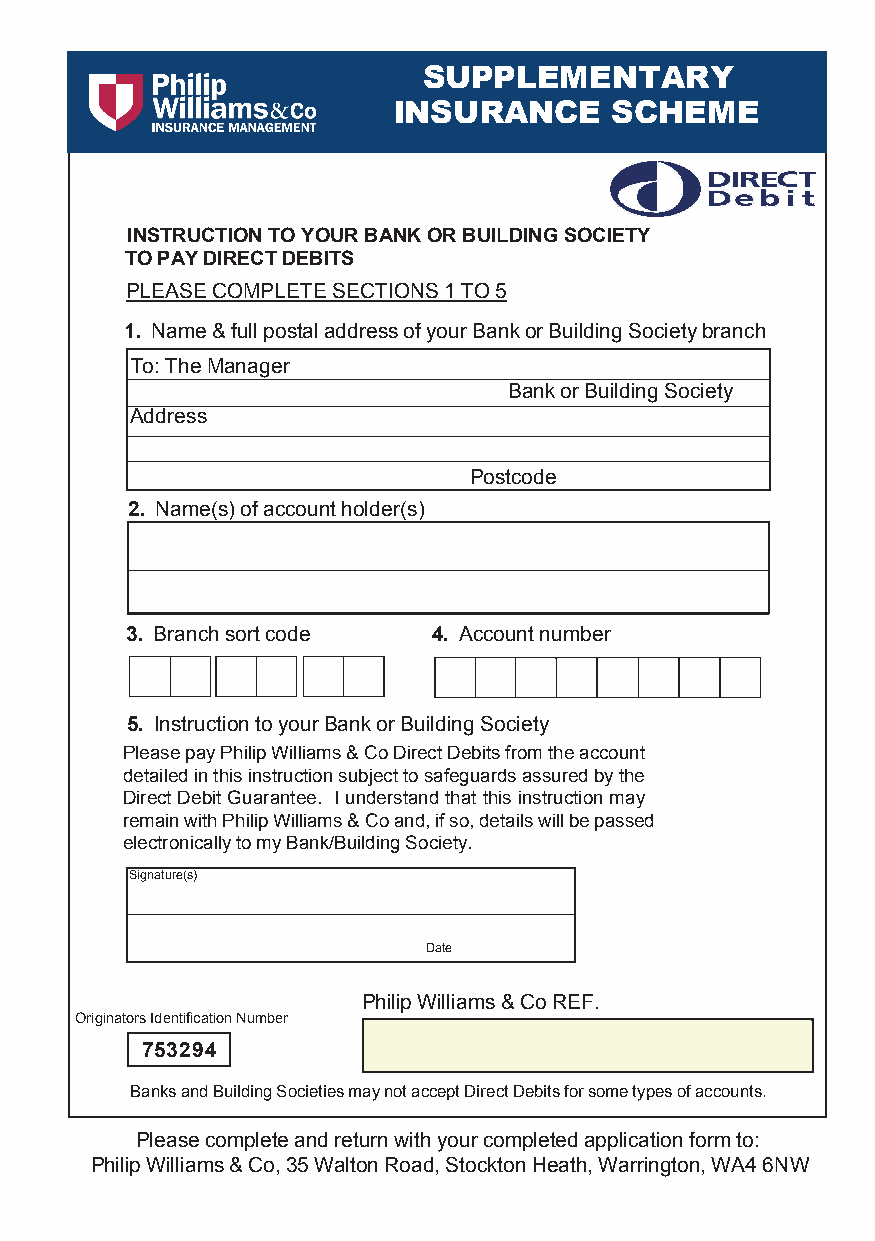
SUPPLEMENTARY
 INSURANCE     SCHEME
 INSTRUCTION TO YOUR BANK OR BUILDING SOCIETY
 TO PAY DIRECT DEBITS
 PLEASE COMPLETE SECTIONS 1 TO 5
 1. Name & full postal address of your Bank or Building Society branch
 To: The Manager
 Bank or Building Society
 Address
 Postcode
 2. Name(s) of account holder(s)
 3. Branch sort code  4. Account number
 5. Instruction to your Bank or Building Society
 Please pay Philip Williams & Co Direct Debits from the account
 detailed in this instruction subject to safeguards assured by the
 Direct Debit Guarantee. I understand that this instruction may
 remain with Philip Williams & Co and, if so, details will be passed
 electronically to my Bank/Building Society.
 Signature(s)
 Date
 Philip Williams & Co REF.
 Originators Identification Number
 753294
 Banks and Building Societies may not accept Direct Debits for some types of accounts.
 Please complete and return with your completed application form to:
 Philip Williams & Co, 35 Walton Road, Stockton Heath, Warrington, WA4 6NW